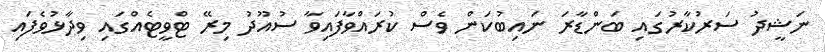
ނަޝީދު ސަރުކާރުގައި ބަންޑާރަ ނައިބުކަން ވެސް ކުރައްވާފައިވާ ސުއޫދު މިރޭ ޓްވީޓެއްގައި ވިދާޅުވެފައި